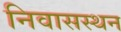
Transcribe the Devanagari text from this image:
निवासस्थन